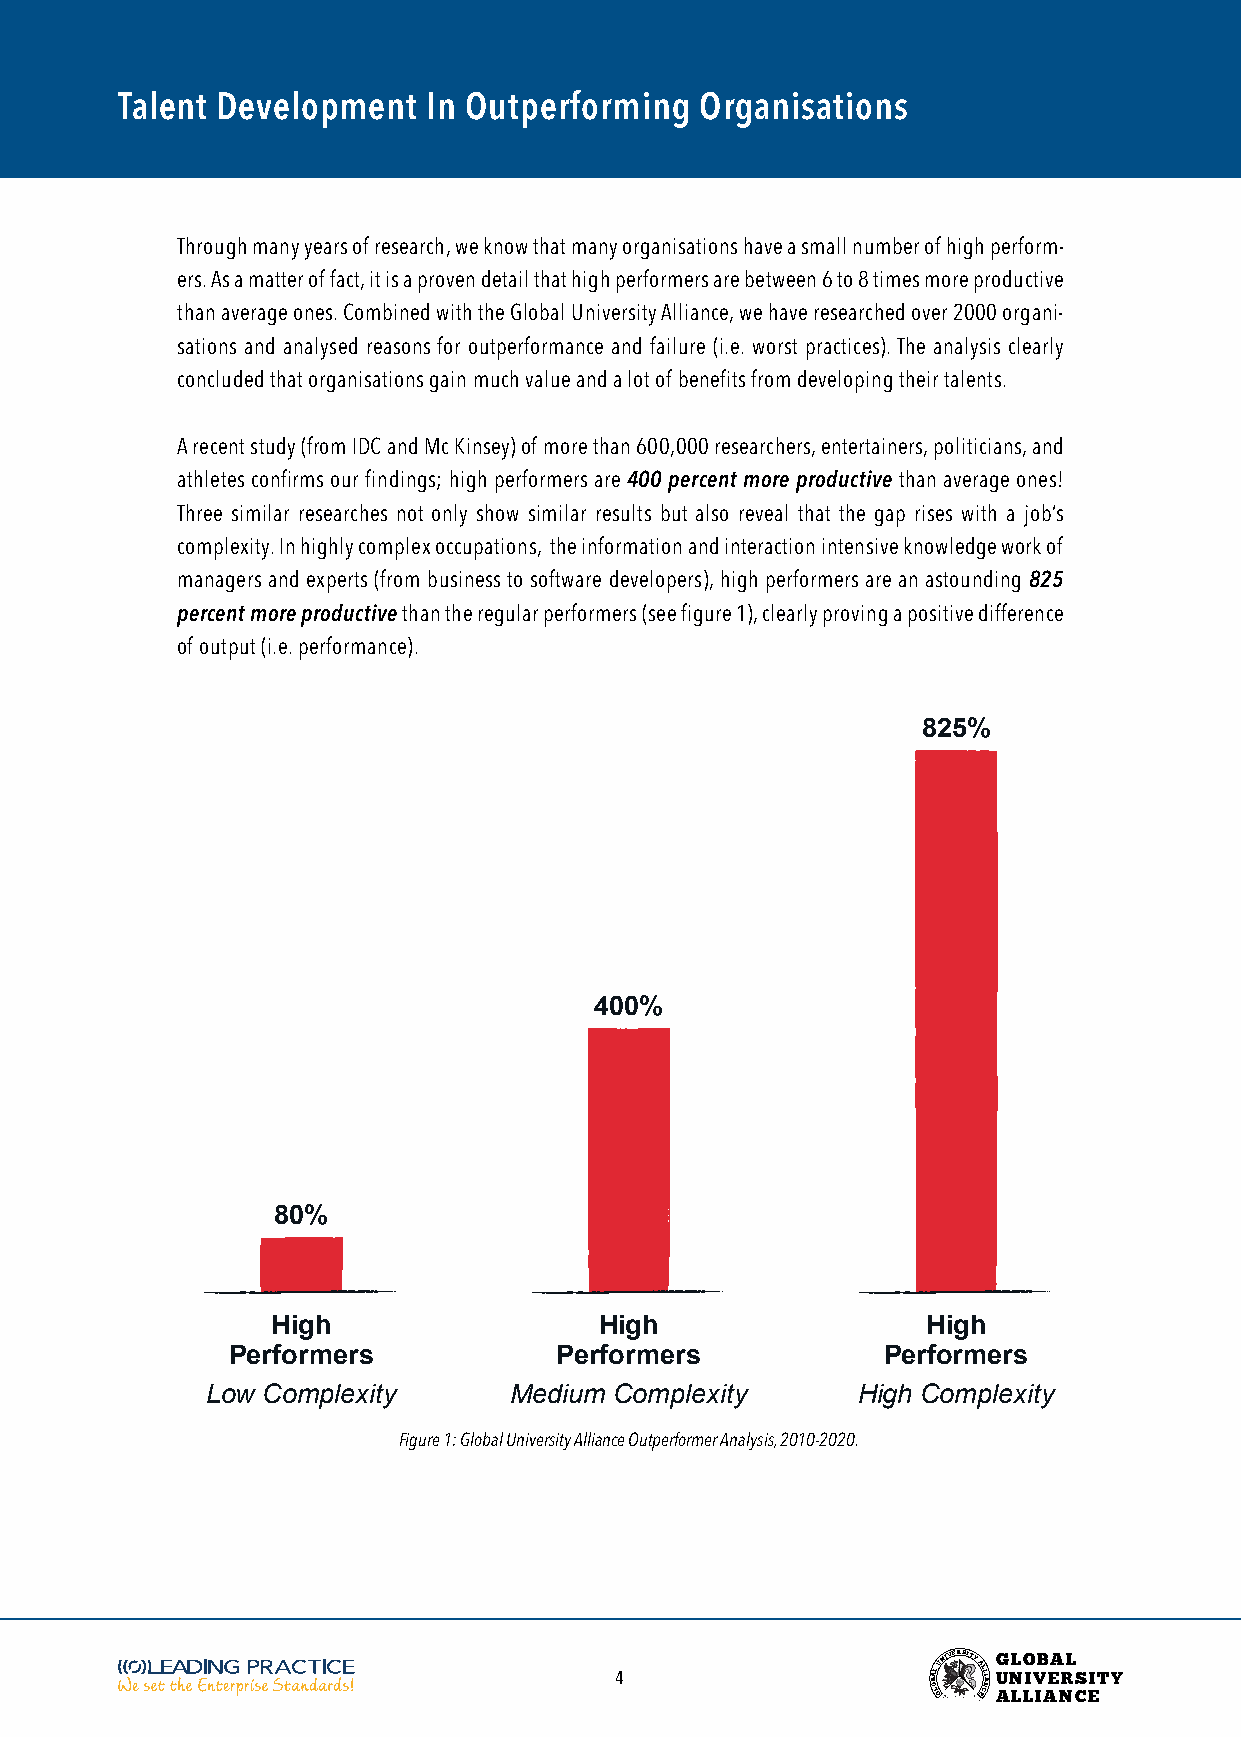
Talent Development  In Outperforming  Organisations
 Through many years of research, we know that many organisations have a small number of high perform-
 ers. As a matter of fact, it is a proven detail that high performers are between 6 to 8 times more productive
 than average ones. Combined with the Global University Alliance, we have researched over 2000 organi-
 sations and analysed reasons for outperformance and failure (i.e. worst practices). The analysis clearly
 concluded that organisations gain much value and a lot of benefits from developing their talents.
 A recent study (from IDC and Mc Kinsey) of more than 600,000 researchers, entertainers, politicians, and
 athletes confirms our findings; high performers are 400 percent more productive than average ones!
 Three similar researches not only show similar results but also reveal that the gap rises with a job’s
 complexity. In highly complex occupations, the information and interaction intensive knowledge work of
 managers and experts (from business to software developers), high performers are an astounding 825
 percent more productive than the regular performers (see figure 1), clearly proving a positive difference
 of output (i.e. performance).
 825%
 400%
 80%
 High                  High                 High
 Performers            Performers           Performers
 Low Complexity      Medium Complexity      High Complexity
 Figure 1: Global University Alliance Outperformer Analysis, 2010-2020.
 4                    BOA LL
 GUNIVERSITY
 AL EL CI NA
 G
 U
 ANL LO
 LIV
 IB AEA NRL
 CS EITY